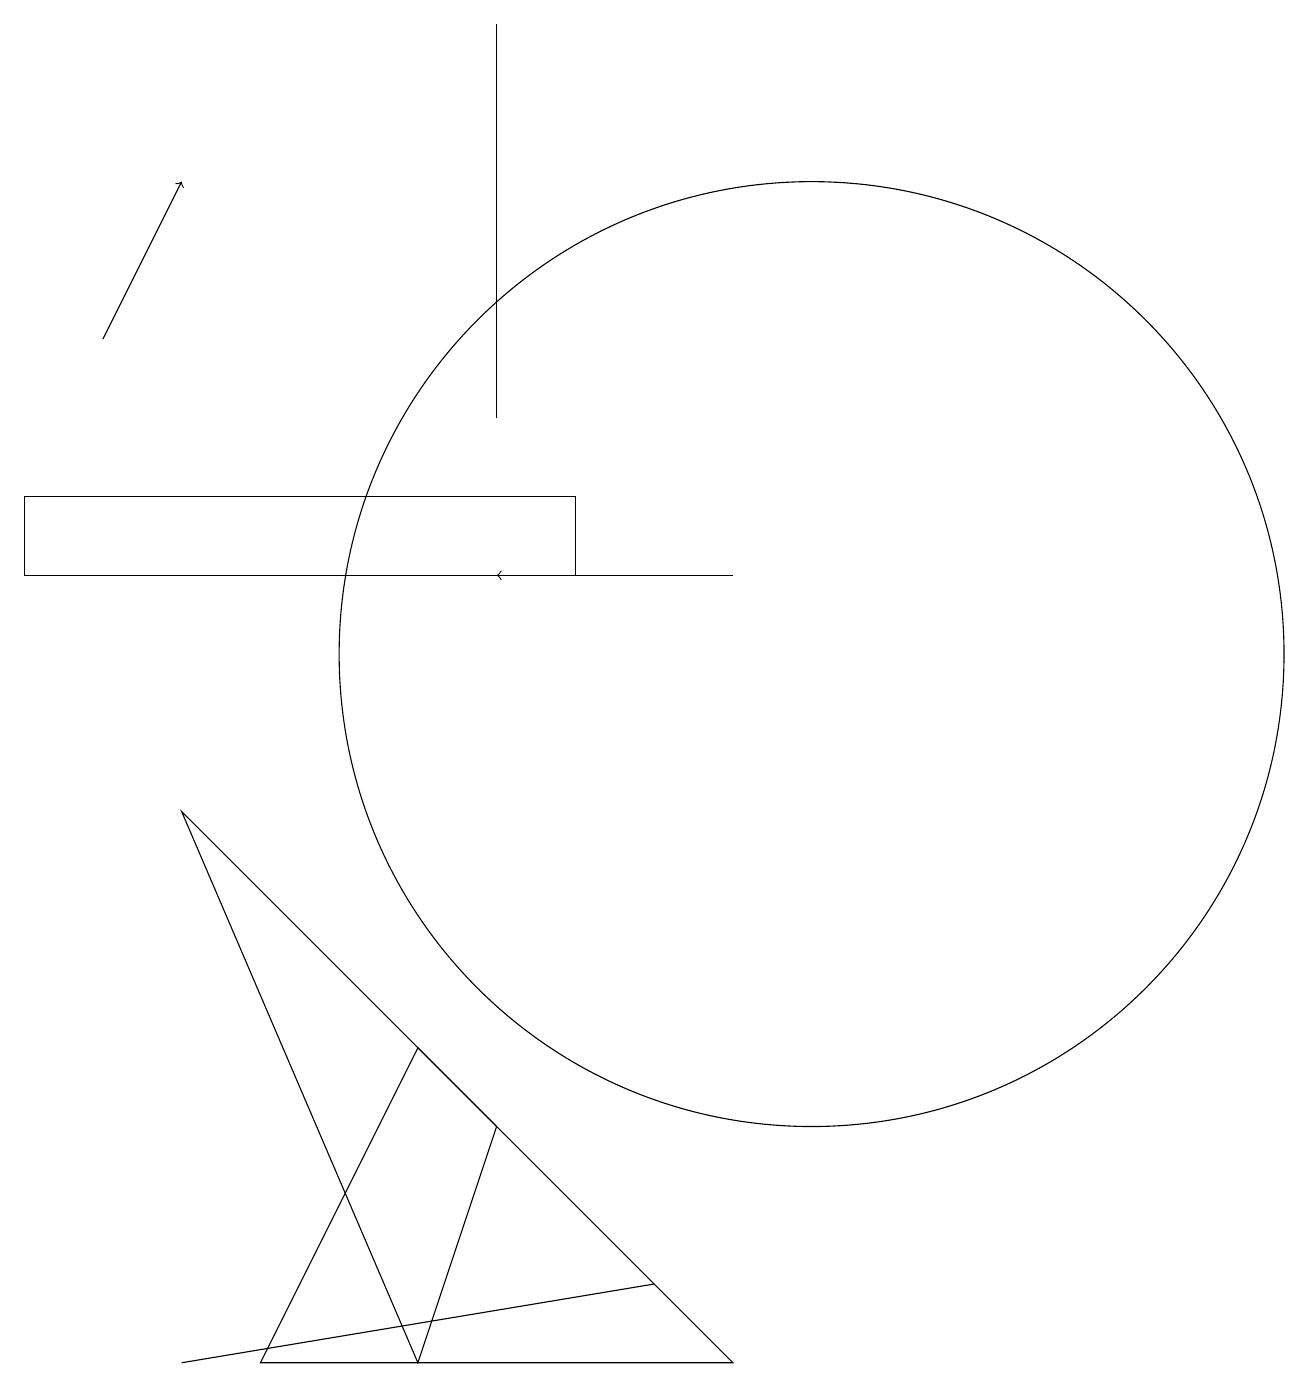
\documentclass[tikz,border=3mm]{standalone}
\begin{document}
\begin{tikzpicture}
\draw[->] (9,12) -- (6,12);
\draw (2,9) -- (6,5) -- (5,2) -- cycle;
\draw (5,6) -- (9,2) -- (3,2) -- cycle;
\draw (6,14) rectangle (6,19);
\draw (0,12) rectangle (7,13);
\draw (2,2) -- (8,3) -- (2,2) -- cycle;
\draw (10,11) circle (6);
\draw[->] (1,15) -- (2,17);
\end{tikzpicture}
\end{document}